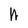
Character: h